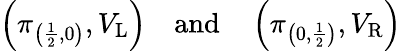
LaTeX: \left(\pi_{\left({\frac{1}{2}},0\right)},V_{\mathrm{L}}\right)\quad{\mathrm{and}}\quad\left(\pi_{\left(0,{\frac{1}{2}}\right)},V_{\mathrm{R}}\right)